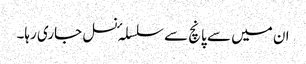
ان میں سے پانچ سے سلسلہٴ نسل جاری رہا۔